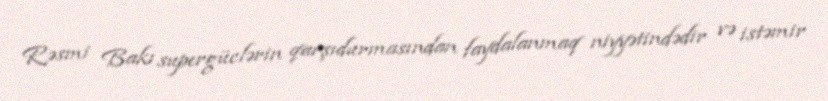
Rəsmi Bakı supergüclərin qarşıdurmasından faydalanmaq niyyətindədir və istəmir